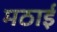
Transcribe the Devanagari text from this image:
मठाई